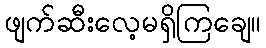
ဖျက်ဆီးလေ့မရှိကြချေ။